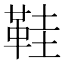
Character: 鞋